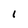
Character: 1